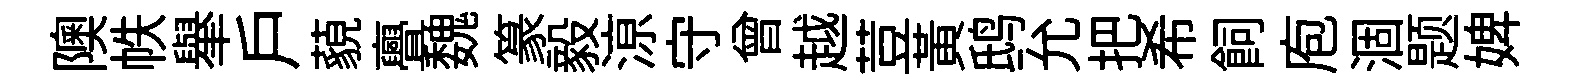
隩帙𦦙戶藐亹魏篆毅鿌守曾越荳黃鸱允把希飼庖涸题婢